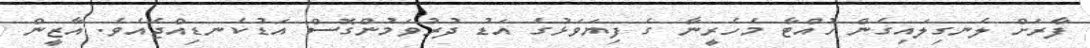
ފާރަށް ލެނގިލައިގެން ހުއްޓާ މެހެރީނާ ގެ ފިޔަވަޅުގެ އަޑު ދުރުވަމުންގޮސް އަޑުކެނޑިއްޖެއެވެ. އާޒީން